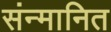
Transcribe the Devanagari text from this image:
संन्मानित